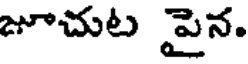
జూచుట పైన.